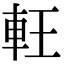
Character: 軖